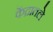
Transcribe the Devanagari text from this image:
केंद्रातले